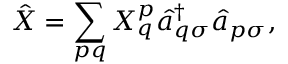
\hat { X } = \sum _ { p q } X _ { q } ^ { p } \hat { a } _ { q \sigma } ^ { \dagger } \hat { a } _ { p \sigma } ,